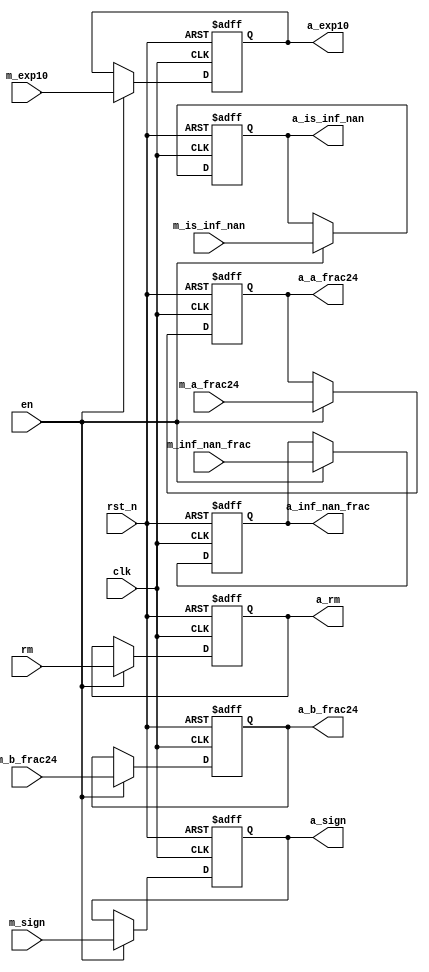
module float_mul_pipe_m2a_reg   (clk,rst_n,en,rm,m_sign,m_exp10,m_is_inf_nan,m_inf_nan_frac,m_a_frac24,m_b_frac24,a_rm,a_sign,a_exp10,
                                a_is_inf_nan,a_inf_nan_frac,a_a_frac24,a_b_frac24);
    input clk,rst_n,en;
    input [1:0] rm;
    input m_sign,m_is_inf_nan;
    input [9:0] m_exp10;
    input [22:0] m_inf_nan_frac;
    input [23:0] m_a_frac24,m_b_frac24;

    output [1:0] a_rm;
    output a_sign,a_is_inf_nan;
    output [9:0] a_exp10;
    output [22:0] a_inf_nan_frac;
    output [23:0] a_a_frac24,a_b_frac24;

    reg [1:0] a_rm;
    reg a_sign,a_is_inf_nan;
    reg [9:0] a_exp10;
    reg [22:0] a_inf_nan_frac;
    reg [23:0] a_a_frac24,a_b_frac24;

    always @ (posedge clk or negedge rst_n) begin
        if (!rst_n) begin
            a_rm<=1'b0;
            a_sign<=1'b0;
            a_is_inf_nan<=1'b0;
            a_exp10<=10'h000;
            a_inf_nan_frac<=23'h0000;
            a_a_frac24<=24'h0000;
            a_b_frac24<=24'h0000;
        end
        else if (en) begin
            a_rm<=rm;
            a_sign<=m_sign;
            a_is_inf_nan<=m_is_inf_nan;
            a_exp10<=m_exp10;
            a_inf_nan_frac<=m_inf_nan_frac;
            a_a_frac24<=m_a_frac24;
            a_b_frac24<=m_b_frac24;
        end
    end
endmodule